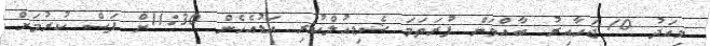
މިއަދު 10 ޖަހާއިރު ބާއްވަން ފުރަތަމަ ޝެޑިއުލްކުރި އަޑުއެހެން 11:30ށް ފަސް ކުރުމަށް